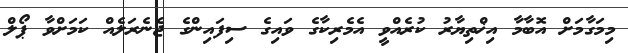
މިމަގާމަށް އޮބާމާ އިޚްތިޔާރު ކުރެއްވީ އެމެރިކާގެ ވައިގެ ސިފައިންގެ ޖެނެރަލެއް ކަމަށްވާ ޕޯލް